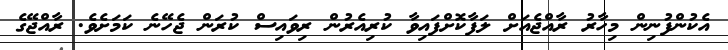
އެކުންފުނިން މިހާރު ރާއްޖެއަށް ލަފާކޮށްފައިވާ ކުރިއެރުން ރިވައިސް ކުރަން ޖެހޭނެ ކަަމަށެވެ. ރާއްޖޭގެ